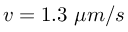
v = 1 . 3 ~ \mu m / s